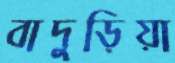
বাদুড়িয়া